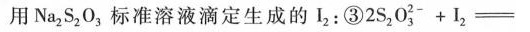
用Na_{2}S_{2}O_{3}标准溶液滴定生成的I_{2}：③$$2 S_{2} O_{3} + I_{2} =